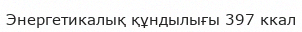
Энергетикалық құндылығы 397 ккал